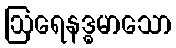
ဩရေနဒ္ဓမာသော